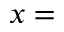
x =